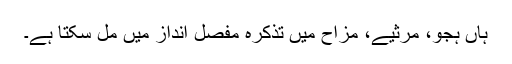
ہاں ہجو، مرثیے، مزاح میں تذکرہ مفصل انداز میں مل سکتا ہے۔